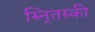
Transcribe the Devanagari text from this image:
स्नि्तस्की